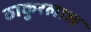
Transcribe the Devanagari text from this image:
ठाकुरलाल